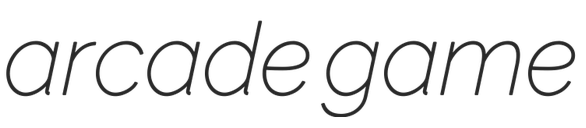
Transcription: arcade game